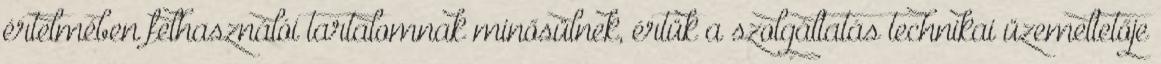
értelmében felhasználói tartalomnak minősülnek, értük a szolgáltatás technikai üzemeltetője